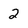
Character: 2